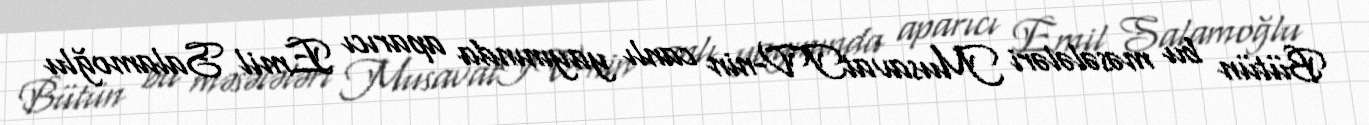
Bütün bu məsələləri MusavatTV-nin canlı yayınında aparıcı Emil Salamoğlu